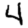
Digit: 4